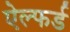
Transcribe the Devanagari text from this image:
ऐल्फर्ड